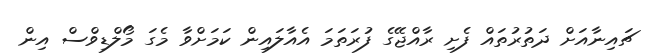
ޗައިނާއަށް ދަތުރުތައް ފެށި ރާއްޖޭގެ ފުރަތަމަ އެއާލައިން ކަމަށްވާ މެގަ މޯލްޑިވްސް އިން